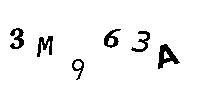
3M963A